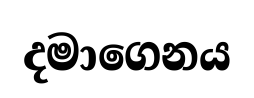
දමාගෙනය